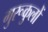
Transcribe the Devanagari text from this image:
गुरूकुलों